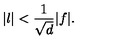
\vert l \vert < { \frac { 1 } { \sqrt { d } } } \vert f \vert .